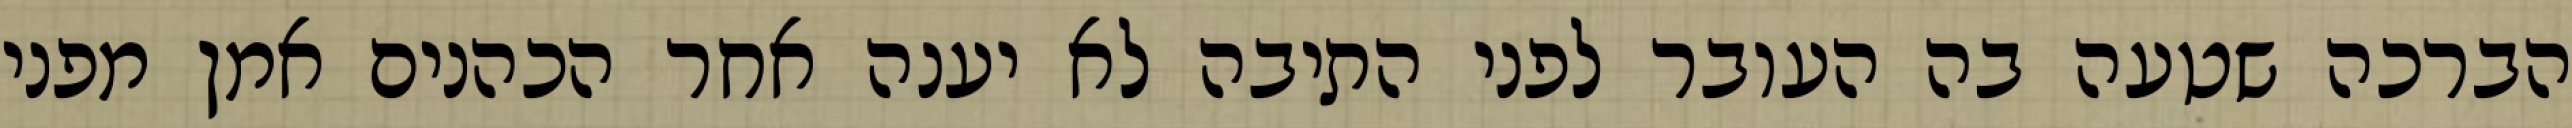
הברכה שטעה בה העובר לפני התיבה לא יענה אחר הכהנים אמן מפני